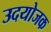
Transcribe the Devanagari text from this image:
उदयोजक